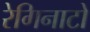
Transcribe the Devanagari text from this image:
रेगिनाटो